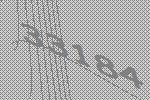
33184